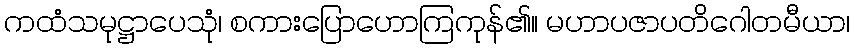
ကထံသမုဋ္ဌာပေသုံ၊ စကားပြောဟောကြကုန်၏။ မဟာပဇာပတိဂေါတမီယာ၊